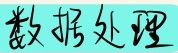
数据处理